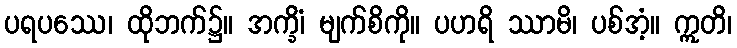
ပရပဿေ၊ ထိုဘက်၌။ အက္ခိံ၊ မျက်စိကို။ ပဟရိ ဿာမိ၊ ပစ်အံ့။ ဣတိ၊